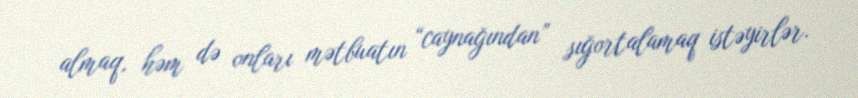
almaq, həm də onları mətbuatın “caynağından” sığortalamaq istəyirlər.